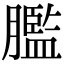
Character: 𦡶